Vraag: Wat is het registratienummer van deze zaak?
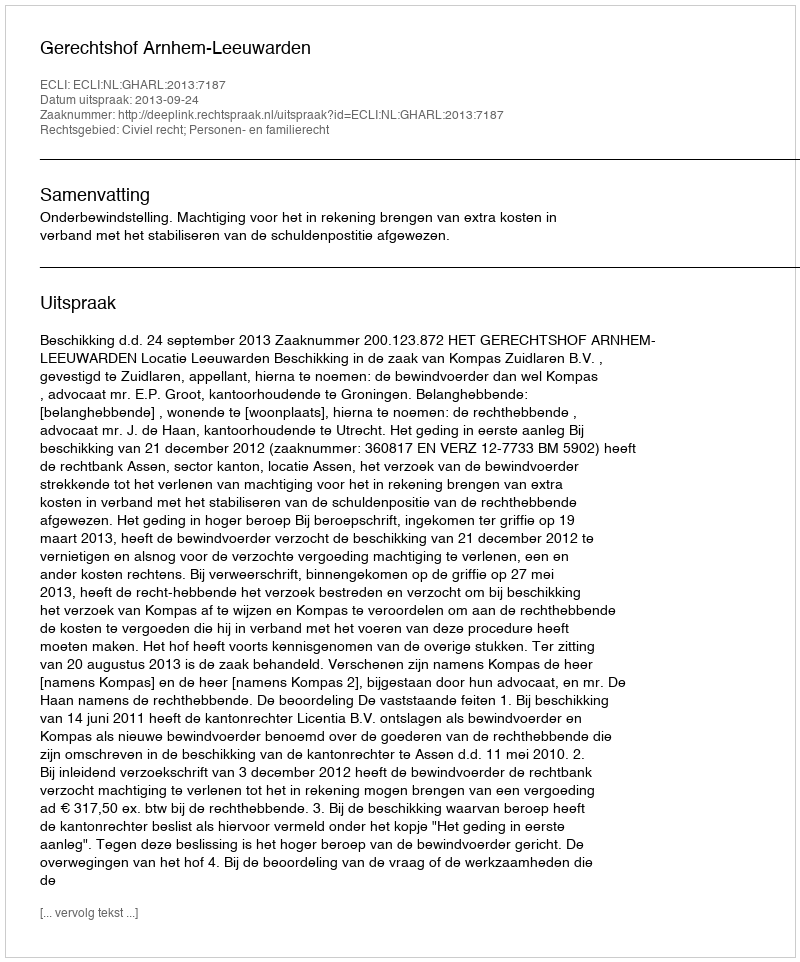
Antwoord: http://deeplink.rechtspraak.nl/uitspraak?id=ECLI:NL:GHARL:2013:7187